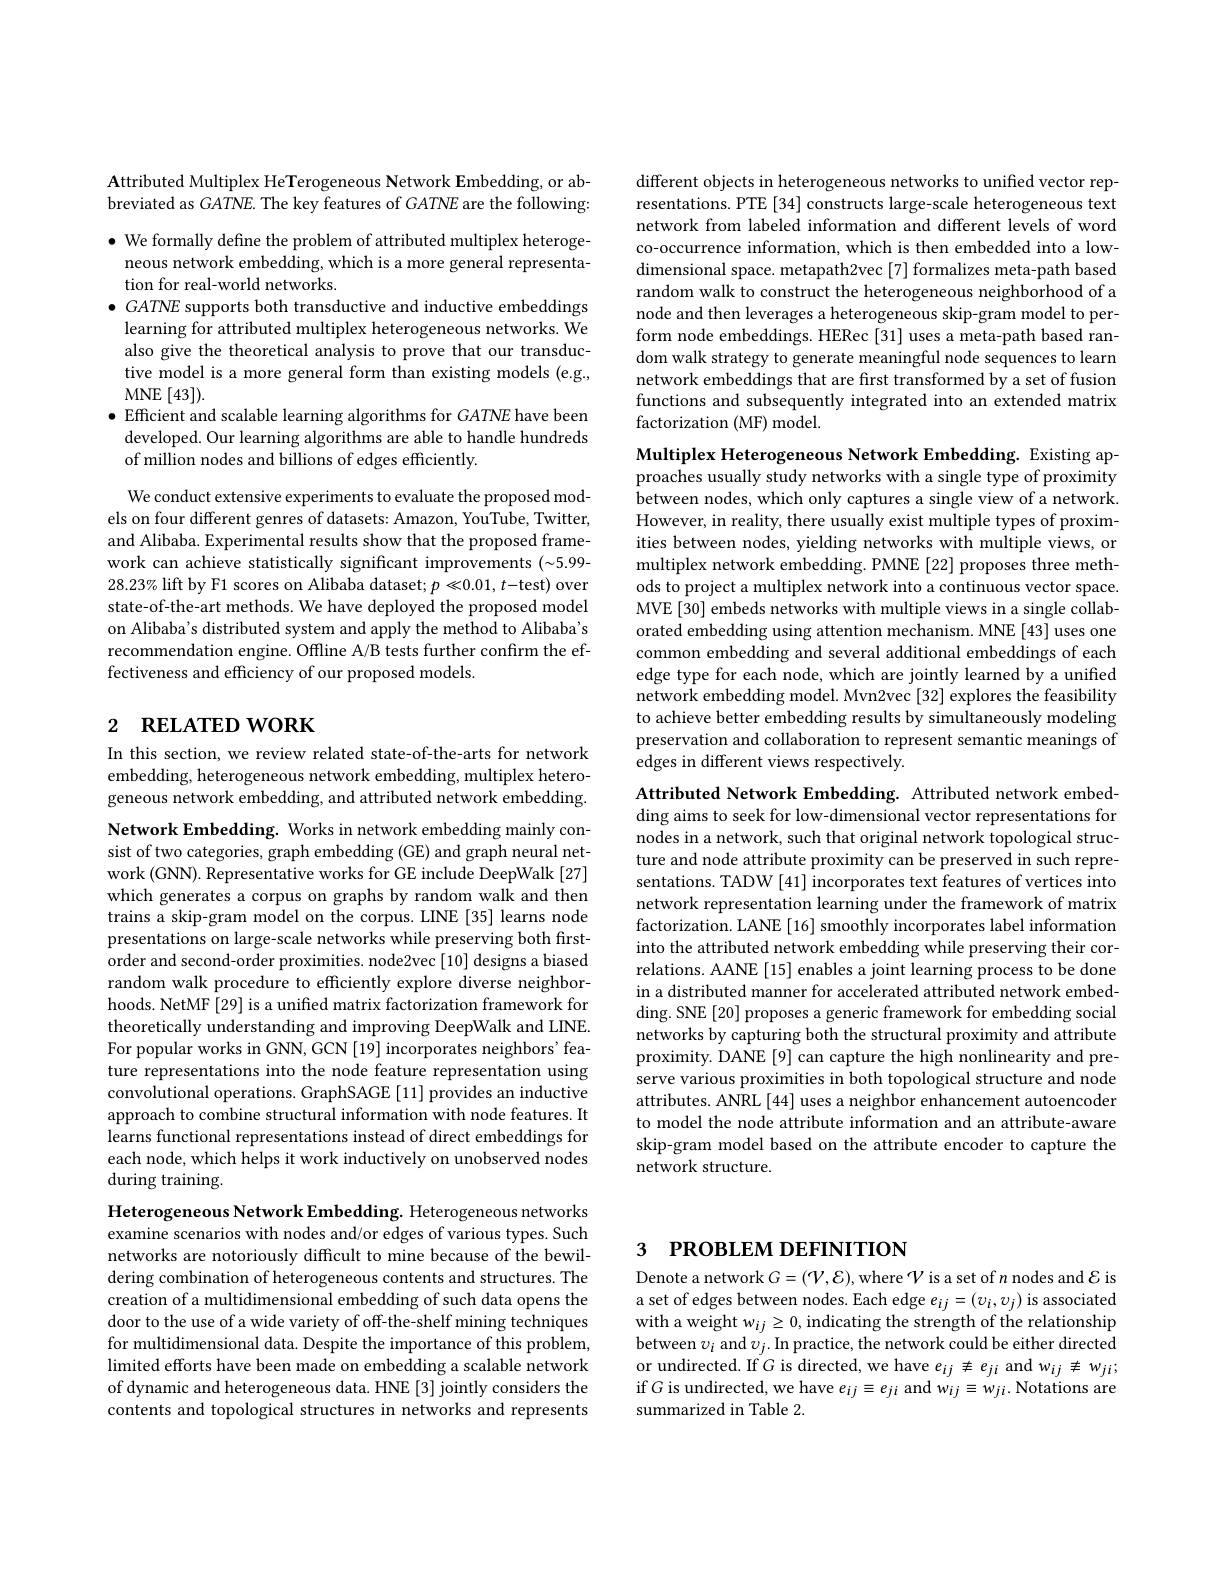
Attributed Multiplex HeTerogeneous Network Embedding, or abbreviated as GATNE. The key features of $GATNE$ are the following: $\bullet$ We formally define the problem of attributed multiplex heteroge-
neous network embedding, which is a more general representa-
tion for real-world networks.
$\bullet GATNE$ supports both transductive and inductive embeddings
learning for attributed multiplex heterogeneous networks. We also give the theoretical analysis to prove that our transductive model is a more general form than existing models (e.g., MNE [43]).
$\bullet$ Efficient and scalable learning algorithms for $GATNE$ have been developed. Our learning algorithms are able to handle hundreds of million nodes and billions of edges efficiently.

We conduct extensive experiments to evaluate the proposed models on four different genres of datasets: Amazon, YouTube, Twitter, and Alibaba. Experimental results show that the proposed framework can achieve statistically significant improvements $(\sim5.99-$ $28.23\%$ lift by F1 scores on Alibaba dataset; $p\ll0.01,t$-test) over state-of-the-art methods. We have deployed the proposed model on Alibaba's distributed system and apply the method to Alibaba's recommendation engine. Offline A/B tests further confirm the effectiveness and efficiency of our proposed models.

# 2 RELATED WORK

In this section, we review related state-of-the-arts for network embedding, heterogeneous network embedding, multiplex heterogeneous network embedding, and attributed network embedding.

Network Embedding. Works in network embedding mainly consist of two categories, graph embedding (GE) and graph neural network (GNN). Representative works for GE include DeepWalk [27] which generates a corpus on graphs by random walk and then trains a skip-gram model on the corpus. LINE [35] learns node presentations on large-scale networks while preserving both firstorder and second-order proximities. node2vec [10] designs a biased random walk procedure to efficiently explore diverse neighborhoods. NetMF [29] is a unified matrix factorization framework for theoretically understanding and improving DeepWalk and LINE. For popular works in GNN, GCN [19] incorporates neighbors' feature representations into the node feature representation using convolutional operations. GraphSAGE [11] provides an inductive approach to combine structural information with node features. It learns functional representations instead of direct embeddings for each node, which helps it work inductively on unobserved nodes during training.

Heterogeneous Network Embedding. Heterogeneous networks examine scenarios with nodes and/or edges of various types. Such networks are notoriously difficult to mine because of the bewildering combination of heterogeneous contents and structures. The creation of a multidimensional embedding of such data opens the door to the use of a wide variety of off-the-shelf mining techniques for multidimensional data. Despite the importance of this problem, limited efforts have been made on embedding a scalable network of dynamic and heterogeneous data. HNE [3] jointly considers the contents and topological structures in networks and represents

different objects in heterogeneous networks to unified vector representations. PTE [34] constructs large-scale heterogeneous text network from labeled information and different levels of word co-occurrence information, which is then embedded into a lowdimensional space. metapath2vec [7] formalizes meta-path based random walk to construct the heterogeneous neighborhood of a node and then leverages a heterogeneous skip-gram model to perform node embeddings. HERec [31] uses a meta-path based random walk strategy to generate meaningful node sequences to learn network embeddings that are first transformed by a set of fusion functions and subsequently integrated into an extended matrix factorization (MF) model.

Multiplex Heterogeneous Network Embedding. Existing approaches usually study networks with a single type of proximity between nodes, which only captures a single view of a network. However, in reality, there usually exist multiple types of proximities between nodes, yielding networks with multiple views, or multiplex network embedding. PMNE [22] proposes three methods to project a multiplex network into a continuous vector space. MVE [30] embeds networks with multiple views in a single collaborated embedding using attention mechanism. MNE [43] uses one common embedding and several additional embeddings of each edge type for each node, which are jointly learned by a unified network embedding model. Mvn2vec [32] explores the feasibility to achieve better embedding results by simultaneously modeling preservation and collaboration to represent semantic meanings of edges in different views respectively.

Attributed Network Embedding. Attributed network embedding aims to seek for low-dimensional vector representations for nodes in a network, such that original network topological structure and node attribute proximity can be preserved in such representations. TADW [41] incorporates text features of vertices into network representation learning under the framework of matrix factorization. LANE [16] smoothly incorporates label information into the attributed network embedding while preserving their correlations. AANE[15] enables a joint learning process to be done in a distributed manner for accelerated attributed network embedding. SNE [20] proposes a generic framework for embedding social networks by capturing both the structural proximity and attribute proximity. DANE[9] can capture the high nonlinearity and preserve various proximities in both topological structure and node attributes. ANRL [44] uses a neighbor enhancement autoencoder to model the node attribute information and an attribute-aware skip-gram model based on the attribute encoder to capture the network structure.

# 3 РROВLEM DEFINITION

Denote a network $G=(\mathcal{V},\mathcal{E})$, where $\mathcal{V}$ is a set of $n$ nodes and $\mathcal{E}$ is a set of edges between nodes. Each edge $e_ij=(v_i,v_j)$ is associated with a weight w$_ij\geq0$,indicating the strength of the relationship between $v_i$ and $v_j.$ In practice, the network could be either directed or undirected. If $G$ is directed, we have $e_{ij}\not\equiv e_{ji}$ and $w_{ij}\not\equiv w_{ji};$ if $G$ is undirected, we have $e_{ij}\equiv e_{ji}$ and $w_{ij}\equiv w_{ji}.$ Notations are summarized in Table 2.